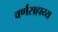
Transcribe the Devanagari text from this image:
वर्णसहाय्य